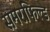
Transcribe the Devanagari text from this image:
समरफिल्ड